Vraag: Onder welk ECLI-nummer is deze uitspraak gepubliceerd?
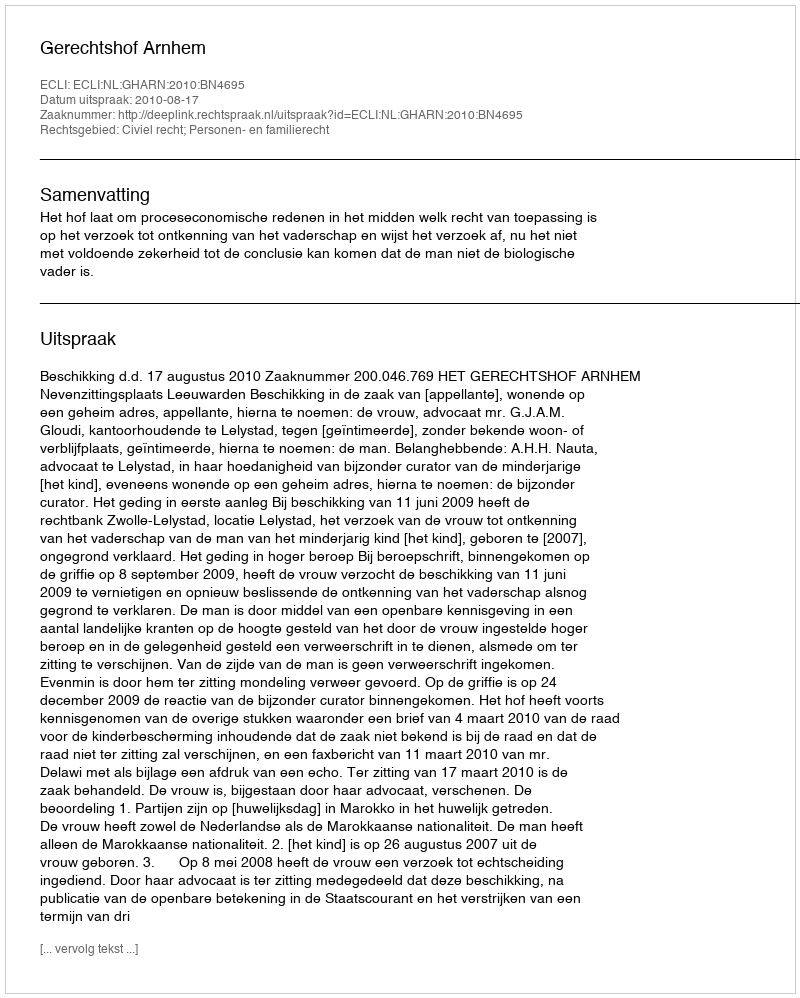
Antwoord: ECLI:NL:GHARN:2010:BN4695